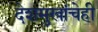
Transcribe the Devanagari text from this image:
देशमुखांचेही